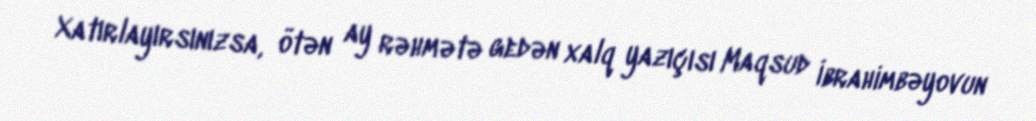
Xatırlayırsınızsa, ötən ay rəhmətə gedən xalq yazıçısı Maqsud İbrahimbəyovun